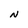
Character: N